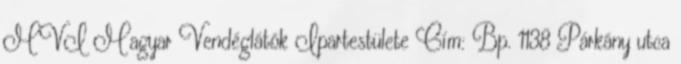
MVI Magyar Vendéglátók Ipartestülete Cím: Bp. 1138 Párkány utca